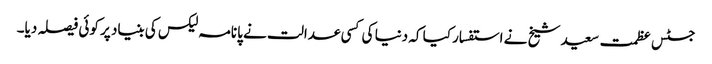
جسٹس عظمت سعید شیخ نے استفسار کیا کہ دنیا کی کسی عدالت نے پانامہ لیکس کی بنیاد پر کوئی فیصلہ دیا۔